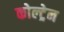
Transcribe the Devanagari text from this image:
कोल्ट्रेन